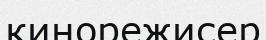
кинорежисер